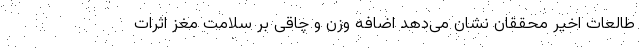
طالعات اخیر محققان نشان می‌دهد اضافه وزن و چاقی بر سلامت مغز اثرات